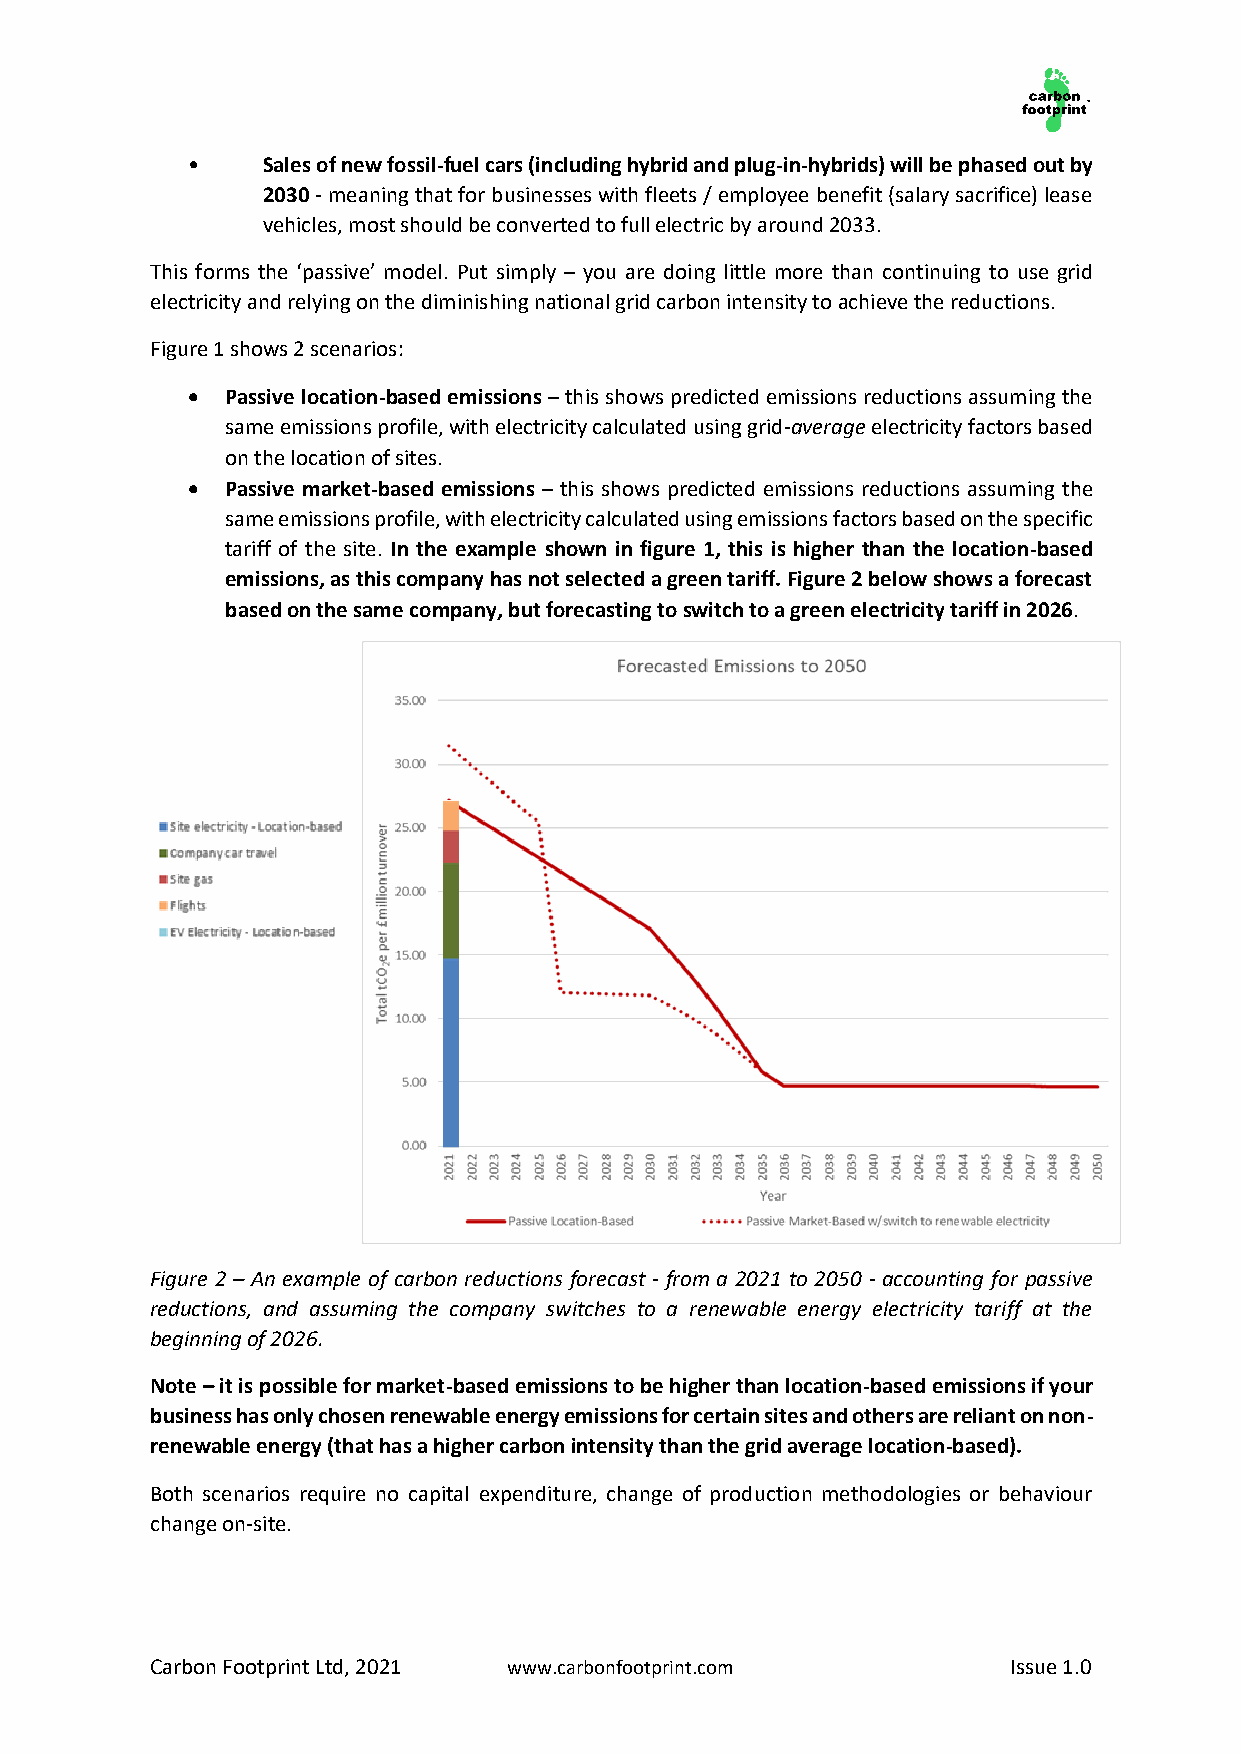
•    Sales of new fossil-fuel cars (including hybrid and plug-in-hybrids) will be phased out by
 2030 - meaning that for businesses with fleets / employee benefit (salary sacrifice) lease
 vehicles, most should be converted to full electric by around 2033.
 This forms the ‘passive’ model. Put simply – you are doing little more than continuing to use grid
 electricity and relying on the diminishing national grid carbon intensity to achieve the reductions.
 Figure 1 shows 2 scenarios:
 •  Passive location-based emissions – this shows predicted emissions reductions assuming the
 same emissions profile, with electricity calculated using grid-average electricity factors based
 on the location of sites.
 •  Passive market-based emissions – this shows predicted emissions reductions assuming the
 same emissions profile, with electricity calculated using emissions factors based on the specific
 tariff of the site. In the example shown in figure 1, this is higher than the location-based
 emissions, as this company has not selected a green tariff. Figure 2 below shows a forecast
 based on the same company, but forecasting to switch to a green electricity tariff in 2026.
 Figure 2 – An example of carbon reductions forecast - from a 2021 to 2050 - accounting for passive
 reductions, and assuming the company switches to a renewable energy electricity tariff at the
 beginning of 2026.
 Note – it is possible for market-based emissions to be higher than location-based emissions if your
 business has only chosen renewable energy emissions for certain sites and others are reliant on non-
 renewable energy (that has a higher carbon intensity than the grid average location-based).
 Both scenarios require no capital expenditure, change of production methodologies or behaviour
 change on-site.
 Carbon Footprint Ltd, 2021 www.carbonfootprint.com       Issue 1.0